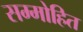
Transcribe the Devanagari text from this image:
सम्‍मोहित